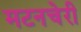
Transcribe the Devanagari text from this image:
मटनचेरी